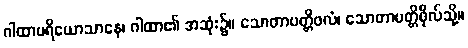
ဂါထာပရိယောသာနေ၊ ဂါထာ၏ အဆုံး၌။ သောတာပတ္တိဖလံ၊ သောတာပတ္တိဖိုလ်သို့။